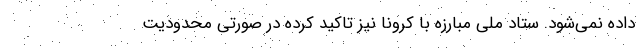
داده نمی‌شود. ستاد ملی مبارزه با کرونا نیز تاکید کرده در صورتی محدودیت